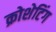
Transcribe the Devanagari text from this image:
क्रोशेटिंग